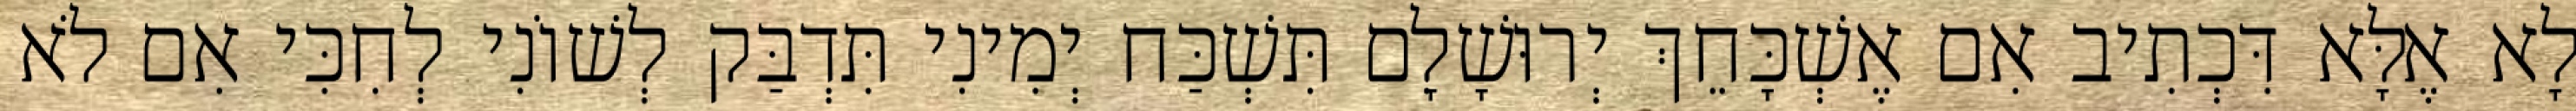
לָא אֶלָּא דִּכְתִיב אִם אֶשְׁכָּחֵךְ יְרוּשָׁלִָם תִּשְׁכַּח יְמִינִי תִּדְבַּק לְשׁוֹנִי לְחִכִּי אִם לֹא